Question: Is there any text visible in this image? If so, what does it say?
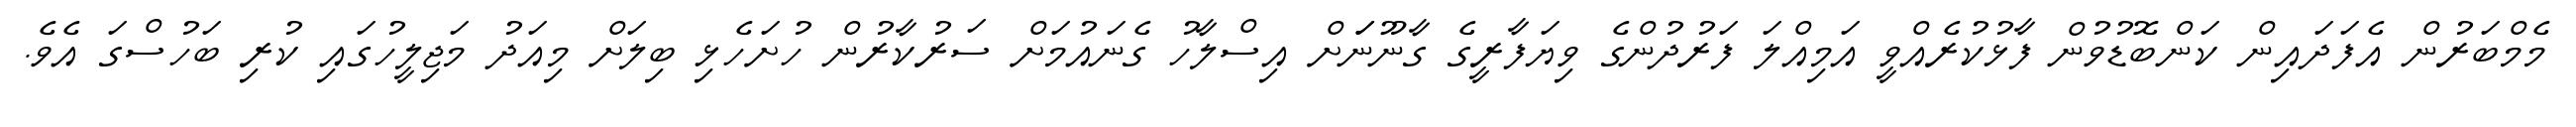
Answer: މެމްބަރުން އެފަދައިން ކަންބޮޑުވުން ފާޅުކުރެއްވީ އަމިއްލަ ފަރުދުންގެ ވިޔަފާރީގެ ގާނޫނަަށް އިސްލާހު ގެނައުމަށް ސަރުކާރުން ހުށަހެޅި ބިލަށް މިއަދު މަޖިލީހުގައި ކުރި ބަހުސްގަ އެވެ.